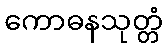
ကောဓနသုတ္တံ